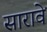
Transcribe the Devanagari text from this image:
सारावे